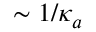
\sim 1 / \kappa _ { a }